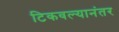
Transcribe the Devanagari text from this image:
टिकवल्यानंतर